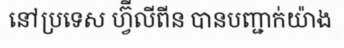
នៅប្រទេស ហ្វ៊ីលីពីន បានបញ្ជាក់យ៉ាង